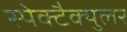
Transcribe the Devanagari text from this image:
स्पेक्टैक्युलर